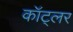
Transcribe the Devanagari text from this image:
कॉट्लर